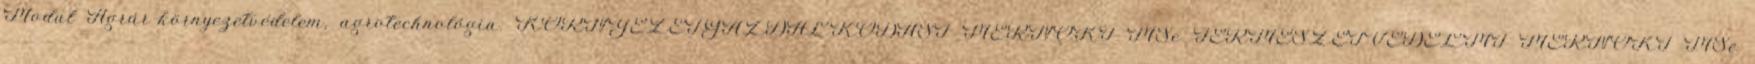
Modul Agrár-környezetvédelem, agrotechnológia. KÖRNYEZETGAZDÁLKODÁSI MÉRNÖKI MSc TERMÉSZETVÉDELMI MÉRNÖKI MSc